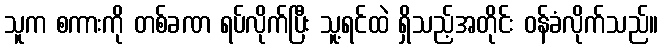
သူက စကားကို တစ်ခဏ ရပ်လိုက်ပြီး သူ့ရင်ထဲ ရှိသည့်အတိုင်း ဝန်ခံလိုက်သည်။